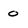
Character: 0